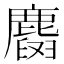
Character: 𪋕